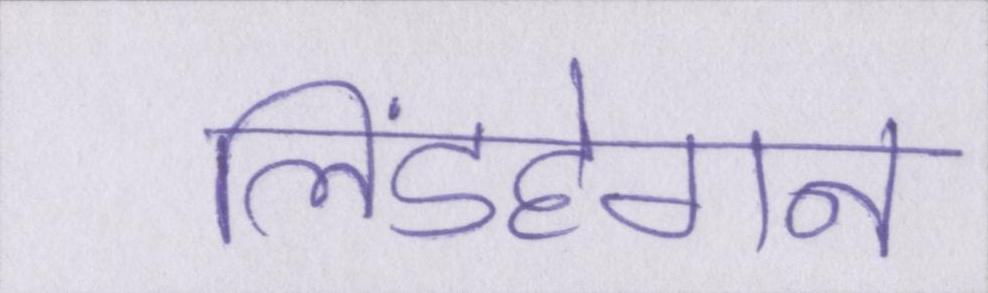
लिंडहेगन